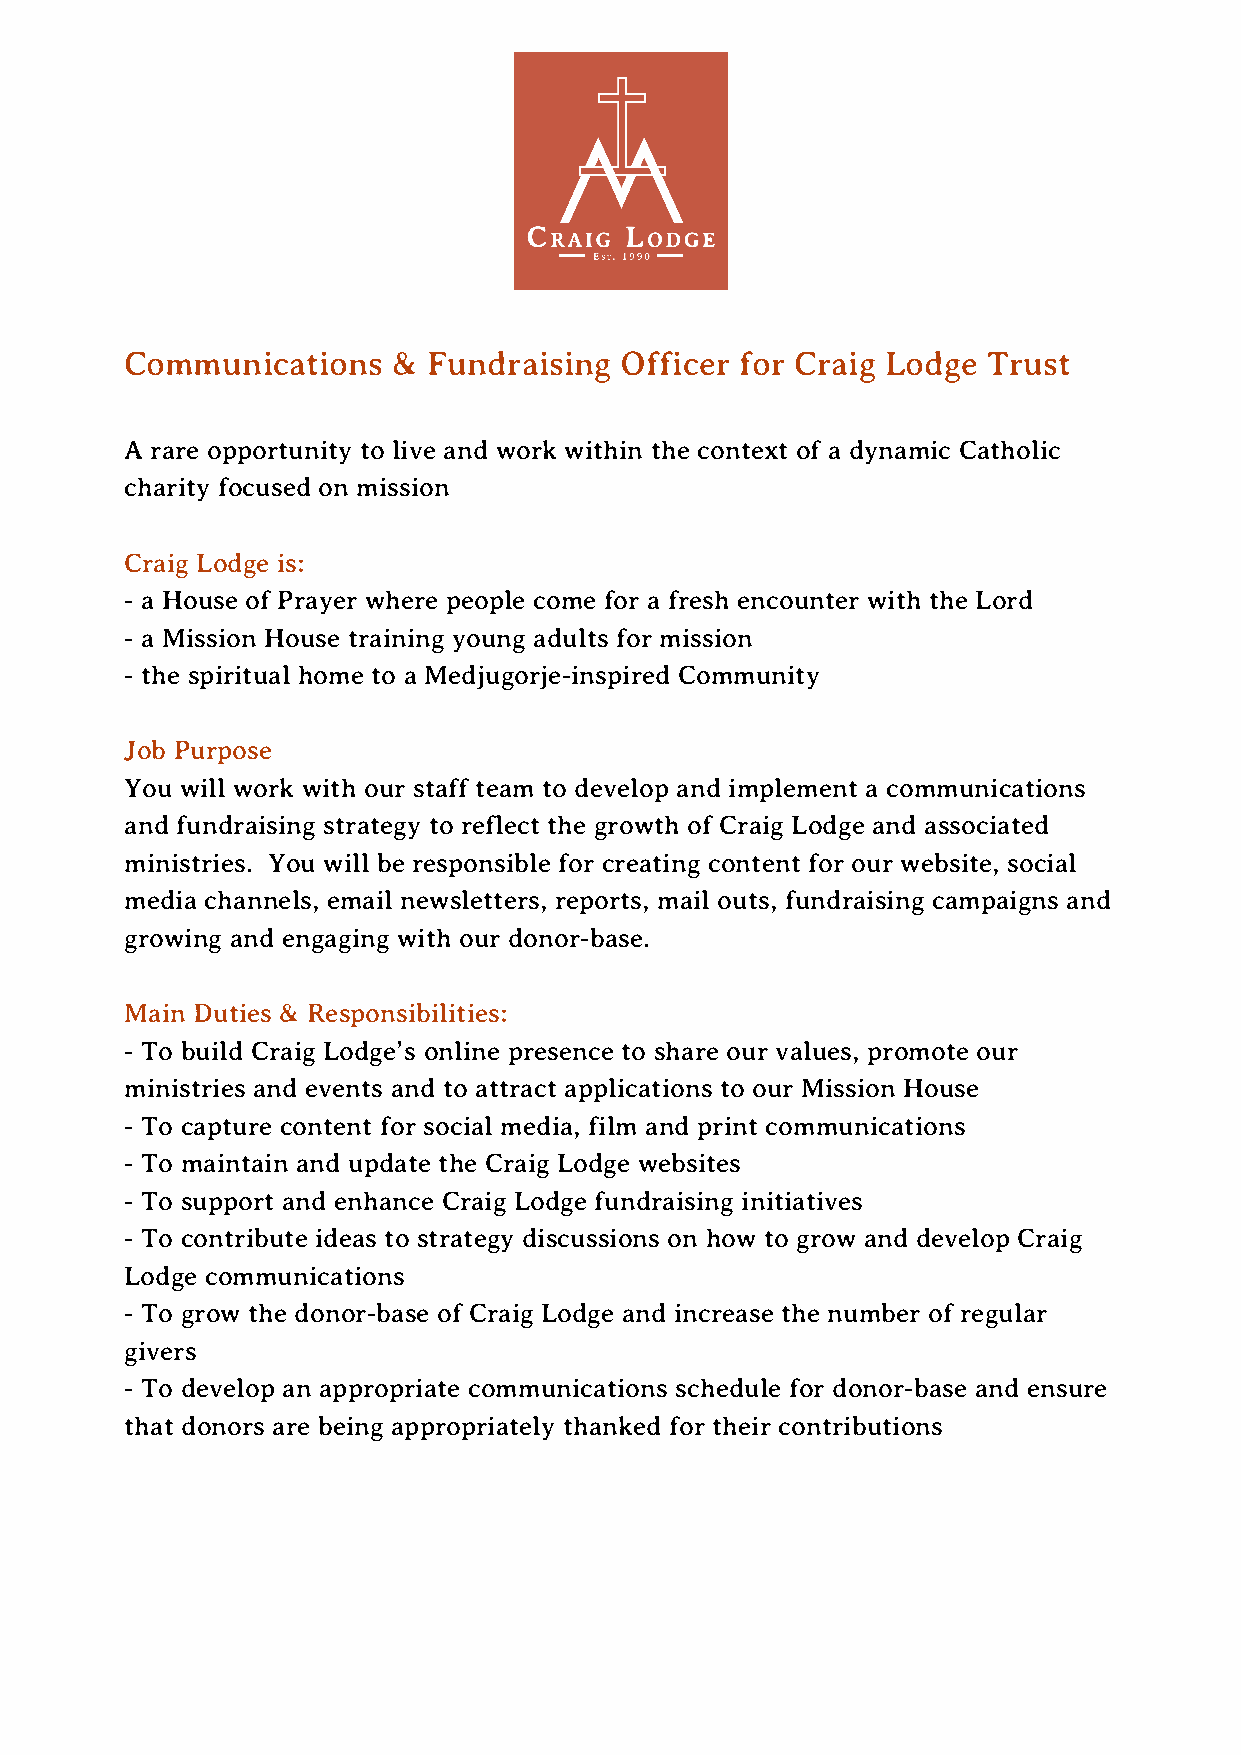
Communications    & Fundraising  Officer for Craig Lodge Trust
 A rare opportunity to live and work within the context of a dynamic Catholic
 charity focused on mission
 Craig Lodge is:
 - a House of Prayer where people come for a fresh encounter with the Lord
 - a Mission House training young adults for mission
 - the spiritual home to a Medjugorje-inspired Community
 Job Purpose
 You will work with our staff team to develop and implement a communications
 and fundraising strategy to reflect the growth of Craig Lodge and associated
 ministries. You will be responsible for creating content for our website, social
 media channels, email newsletters, reports, mail outs, fundraising campaigns and
 growing and engaging with our donor-base.
 Main Duties & Responsibilities:
 - To build Craig Lodge’s online presence to share our values, promote our
 ministries and events and to attract applications to our Mission House
 - To capture content for social media, film and print communications
 - To maintain and update the Craig Lodge websites
 - To support and enhance Craig Lodge fundraising initiatives
 - To contribute ideas to strategy discussions on how to grow and develop Craig
 Lodge communications
 - To grow the donor-base of Craig Lodge and increase the number of regular
 givers
 - To develop an appropriate communications schedule for donor-base and ensure
 that donors are being appropriately thanked for their contributions